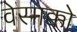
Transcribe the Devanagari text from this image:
वेसाक्को